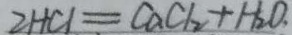
2 H C l = C a C l _ { 2 } + H _ { 2 } O .